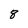
Character: 8